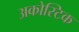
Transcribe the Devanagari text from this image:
अकोस्टिक